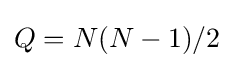
Q=N(N-1)/2